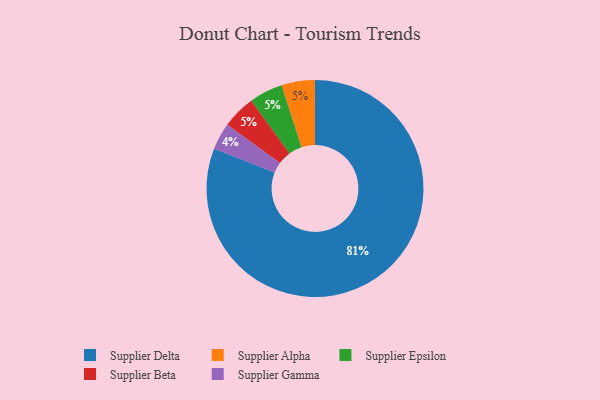
{"axis": {"x": "Category", "y": "Percentage"}, "legend": ["Supplier Alpha", "Supplier Beta", "Supplier Delta", "Supplier Epsilon", "Supplier Gamma"], "data": [{"x": "Supplier Alpha", "y": 5, "type": "Supplier Alpha"}, {"x": "Supplier Gamma", "y": 4, "type": "Supplier Gamma"}, {"x": "Supplier Epsilon", "y": 5, "type": "Supplier Epsilon"}, {"x": "Supplier Beta", "y": 5, "type": "Supplier Beta"}, {"x": "Supplier Delta", "y": 81, "type": "Supplier Delta"}]}